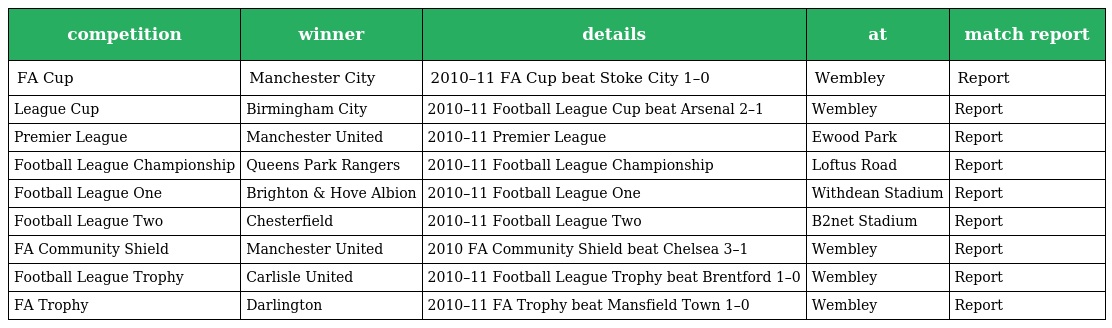
| competition | winner | details | at | match report |
 | --- | --- | --- | --- | --- |
 | FA Cup | Manchester City | 2010–11 FA Cup beat Stoke City 1–0 | Wembley | Report |
 | League Cup | Birmingham City | 2010–11 Football League Cup beat Arsenal 2–1 | Wembley | Report |
 | Premier League | Manchester United | 2010–11 Premier League | Ewood Park | Report |
 | Football League Championship | Queens Park Rangers | 2010–11 Football League Championship | Loftus Road | Report |
 | Football League One | Brighton & Hove Albion | 2010–11 Football League One | Withdean Stadium | Report |
 | Football League Two | Chesterfield | 2010–11 Football League Two | B2net Stadium | Report |
 | FA Community Shield | Manchester United | 2010 FA Community Shield beat Chelsea 3–1 | Wembley | Report |
 | Football League Trophy | Carlisle United | 2010–11 Football League Trophy beat Brentford 1–0 | Wembley | Report |
 | FA Trophy | Darlington | 2010–11 FA Trophy beat Mansfield Town 1–0 | Wembley | Report |